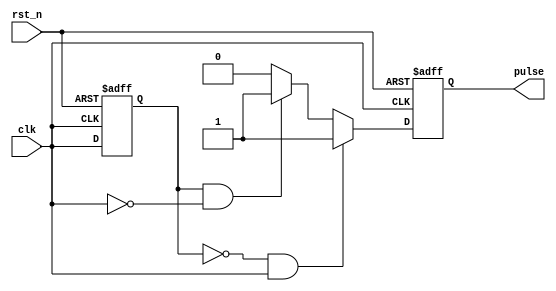
module PulseEdgeDetector (
    input wire clk,            // Input signal
    input wire rst_n,         // Active low reset signal
    output reg pulse          // Output pulse signal
);

// Internal signal to store the previous state of the input signal
reg clk_prev;

// Edge detection logic
always @(posedge clk or negedge rst_n) begin
    if (!rst_n) begin
        // Reset condition
        clk_prev <= 1'b0;
        pulse <= 1'b0;
    end else begin
        // Edge detection
        if (clk_prev == 1'b0 && clk == 1'b1) begin
            // Rising edge detected
            pulse <= 1'b1; // Generate pulse for rising edge
        end else if (clk_prev == 1'b1 && clk == 1'b0) begin
            // Falling edge detected
            pulse <= 1'b1; // Generate pulse for falling edge
        end else begin
            pulse <= 1'b0; // No edge detected
        end
        
        // Update previous state
        clk_prev <= clk;
    end
end

endmodule